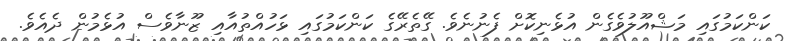
ކަންކަމުގައި މަޝްއޫލުވެގެން އުޅެނިކޮށް ފެނުނެވެ. ގޭތެރޭގެ ކަންކަމުގައި ޅަހުއްތުއާއި ޒޫނާވެސް އުޅެމުން ދެއެވެ.